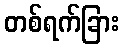
တစ်ရက်ခြား